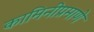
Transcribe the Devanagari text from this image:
कामिनीप्रमाणे